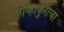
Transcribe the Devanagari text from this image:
गव्हांकुराचा